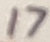
Text: 17